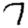
Digit: 7